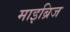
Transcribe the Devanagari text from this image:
माइब्रिज